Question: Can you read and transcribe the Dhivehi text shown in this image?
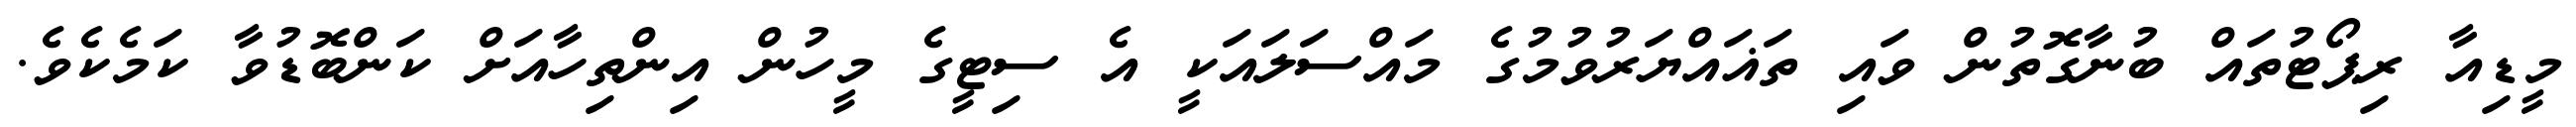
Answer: މީޑިއާ ރިޕޯޓުތައް ބުނާގޮތުން ވައި ތަޣައްޔަރުވުމުގެ މައްސަލައަކީ އެ ސިޓީގެ މީހުން އިންތިހާއަށް ކަންބޮޑުވާ ކަމެކެވެ.